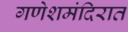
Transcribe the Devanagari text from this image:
गणेशमंदिरात